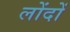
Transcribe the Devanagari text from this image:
लोंदों